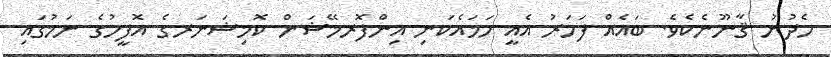
ހެދުނު ޤާނޫނެކެވެ. ބައެއް ފަހަރު އެއީ ހަމައެކަނި އިންފޮރމޭޝަން ކޮމިޝަނަރގެ އޮފީހުގެ ނަމުގައި